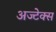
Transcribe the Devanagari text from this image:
अज्टेक्स